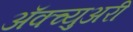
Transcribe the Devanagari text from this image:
अॅक्च्युअरी